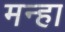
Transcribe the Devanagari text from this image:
मन्हा